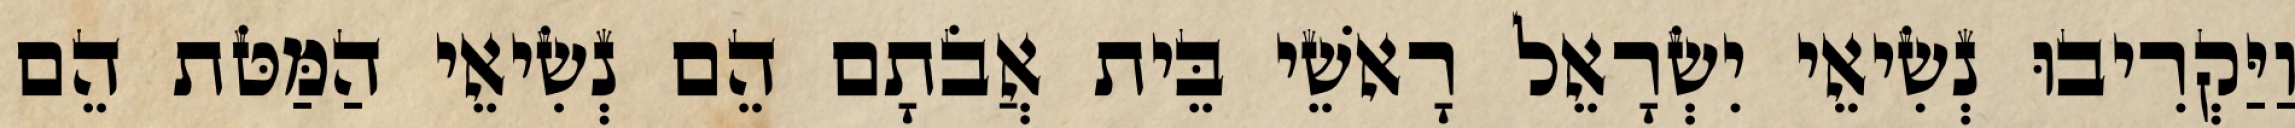
וַיַּקְרִיבוּ נְשִׂיאֵי יִשְׂרָאֵל רָאשֵׁי בֵּית אֲבֹתָם הֵם נְשִׂיאֵי הַמַּטֹּת הֵם